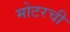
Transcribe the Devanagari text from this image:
मोटरची